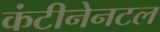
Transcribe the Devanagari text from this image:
कंटीनेनटल